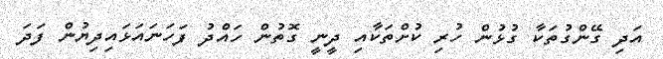
އަދި ގޭންގުތަކާ ގުޅުން ހުރި ކުށްތަކާއި ދީނީ ގޮތުން ހައްދު ފަަހަނައަޅައިދިޔުން ފަދަ